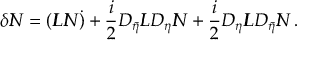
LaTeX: \delta { I \! \! N } = ( { I \! \! L } { I \! \! N } \dot { ) } + \frac { i } { 2 } D _ { \bar { \eta } } { I \! \! L } D _ { \eta } { I \! \! N } + \frac { i } { 2 } D _ { \eta } { I \! \! L } D _ { \bar { \eta } } { I \! \! N } \, .